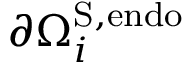
\partial \Omega _ { i } ^ { \mathrm { S } , \mathrm { e n d o } }